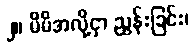
၂။ မိမိအလို့ငှာ ညွှန်းခြင်း၊